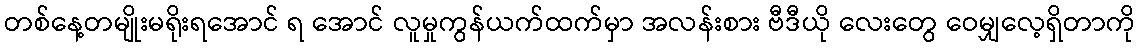
တစ်နေ့တမျိုးမရိုးရအောင် ရ အောင် လူမှုကွန်ယက်ထက်မှာ အလန်းစား ဗီဒီယို လေးတွေ ဝေမျှလေ့ရှိတာကို